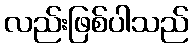
လည်းဖြစ်ပါသည်